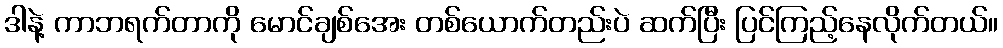
ဒါနဲ့ ကာဘရက်တာကို မောင်ချစ်အေး တစ်ယောက်တည်းပဲ ဆက်ပြီး ပြင်ကြည့်နေလိုက်တယ်။